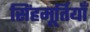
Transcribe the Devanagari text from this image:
सिंहमूर्तियाँ